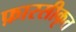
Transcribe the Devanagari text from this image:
फ़ारसीकृत